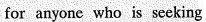
for anyone who is sceking